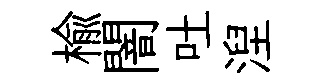
榆闇吐湼